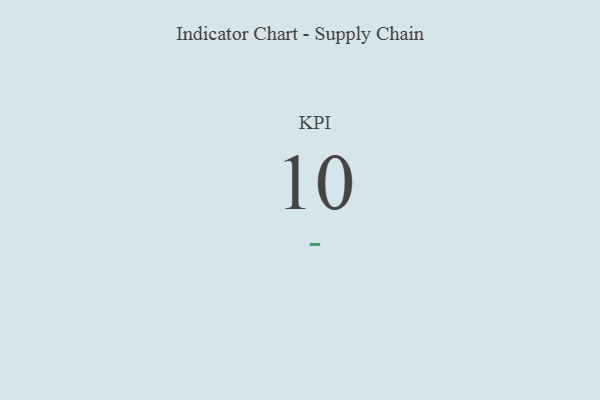
{"axis": {"x": "KPI", "y": "Value"}, "legend": [""], "data": [{"x": "KPI", "y": 10, "type": ""}]}